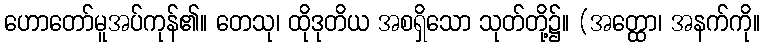
ဟောတော်မူအပ်ကုန်၏။ တေသု၊ ထိုဒုတိယ အစရှိသော သုတ်တို့၌။ (အတ္ထော၊ အနက်ကို။